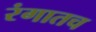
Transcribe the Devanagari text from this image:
रंगातच